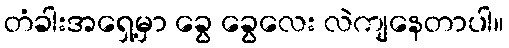
တံခါးအရှေ့မှာ ခွေ ခွေလေး လဲကျနေတာပါ။